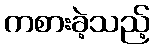
ကစားခဲ့သည့်